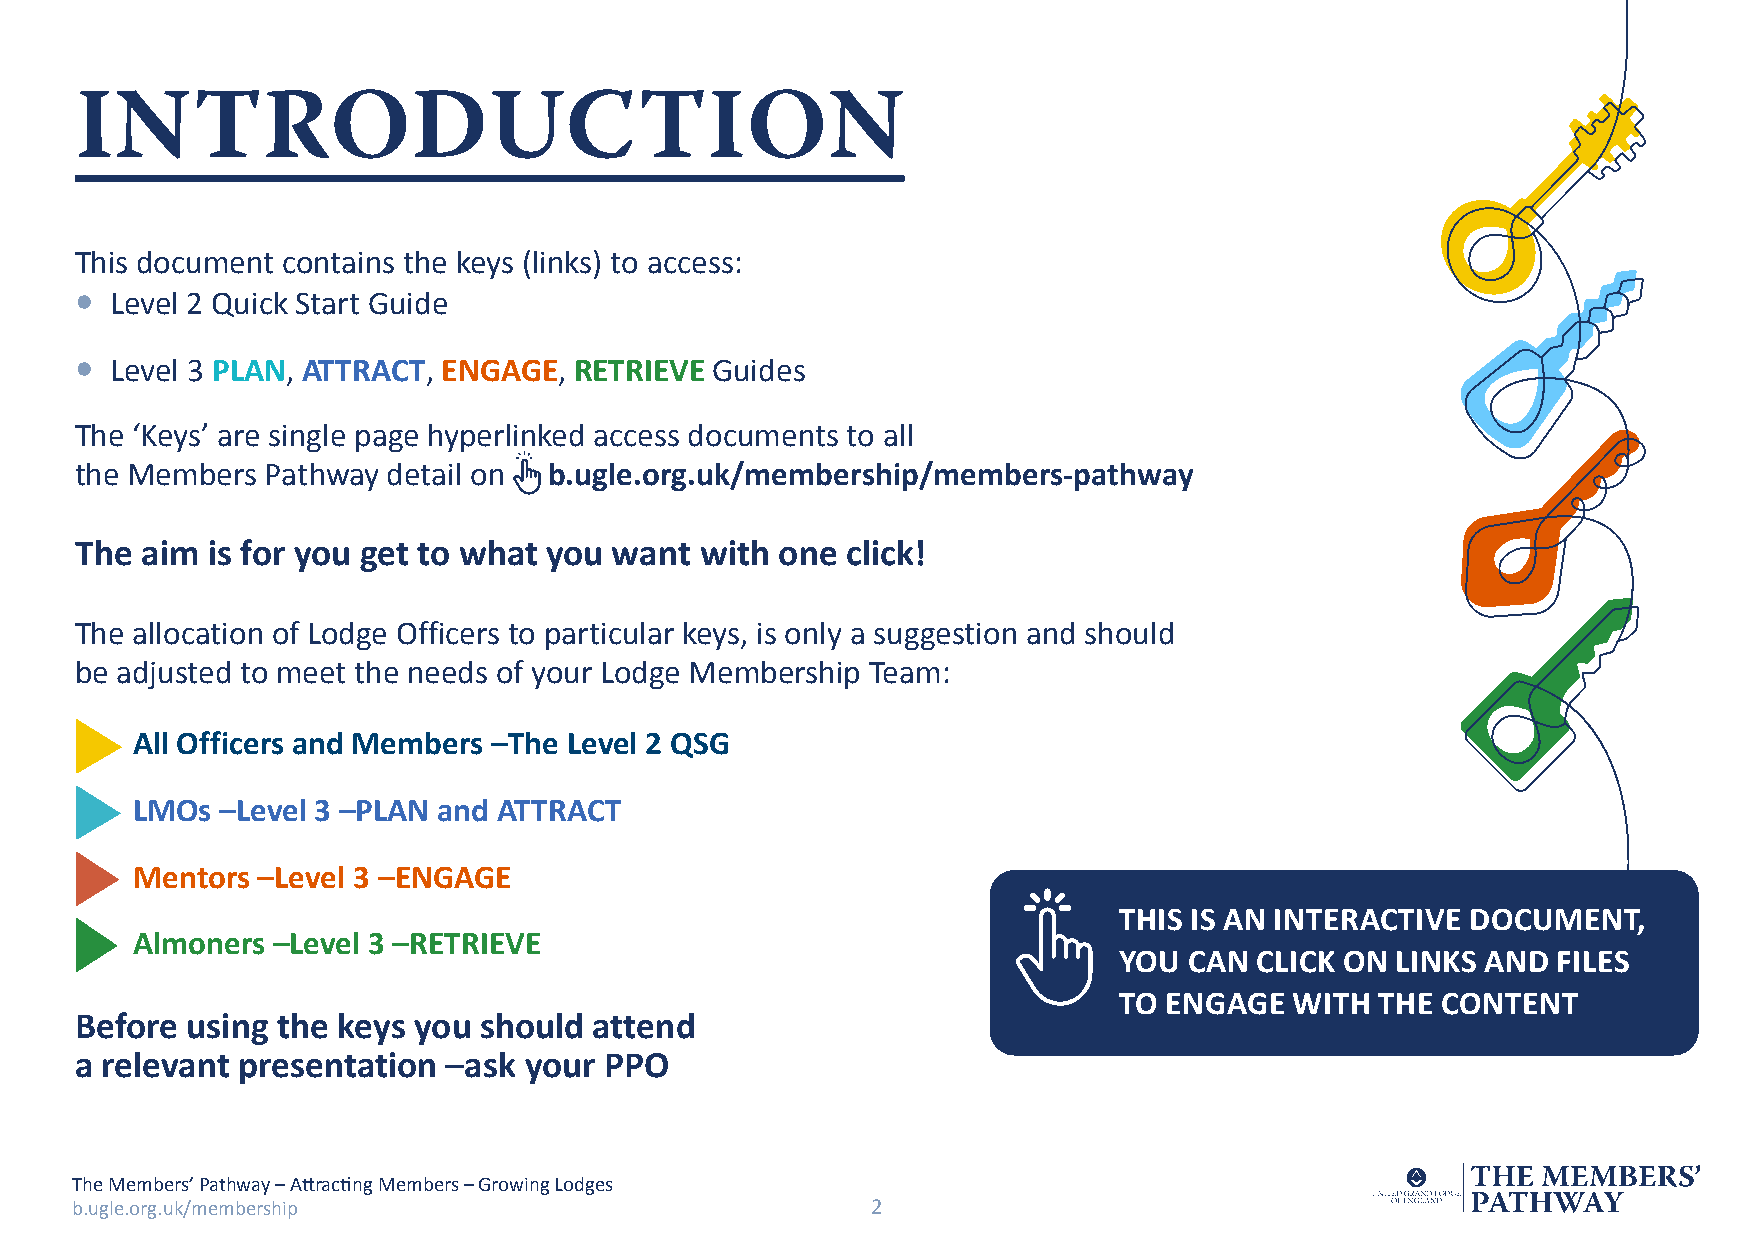
INTRODUCTION
 This document contains the keys (links) to access:
 • Level 2 Quick Start Guide
 • Level 3 PLAN, ATTRACT, ENGAGE, RETRIEVE Guides
 The ‘Keys’ are single page hyperlinked access documents to all
 the Members  Pathway detail on b.ugle.org.uk/membership/members-pathway
 The aim  is for you get to what you want with  one click!
 The allocation of Lodge Officers to particular keys, is only a suggestion and should
 be adjusted to meet the needs of your Lodge Membership Team:
 All Officers and Members –The Level 2 QSG
 LMOs  –Level 3 –PLAN and ATTRACT
 Mentors –Level 3 –ENGAGE
 THIS IS AN INTERACTIVE DOCUMENT,
 Almoners –Level 3 –RETRIEVE
 YOU  CAN CLICK ON LINKS AND  FILES
 TO ENGAGE   WITH THE CONTENT
 Before using the keys you  should attend
 a relevant presentation  –ask your PPO
 The Members’ Pathway – Attracting Members – Growing Lodges
 b.ugle.org.uk/membership                             2